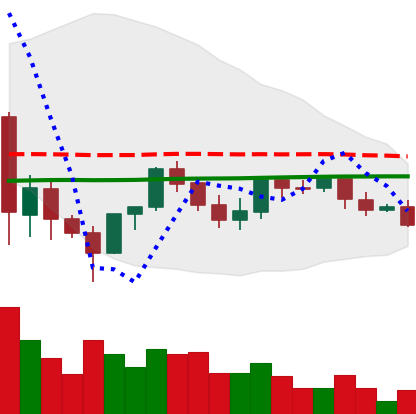
Ticker: LINK-USD
Chart end date: 2021-06-07
Forward return: -11.582%
Label: down_7plus